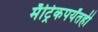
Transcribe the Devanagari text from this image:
मॅट्रिकपर्यंतही